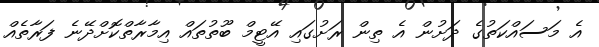
އެ މަސައްކަތުގެ ދަށުން އެ ތިން ރަށުގައި އޭޓީމް ބޫތުތައް އިމާރާތްކޮށްދޭނެ ފަރާތެއް